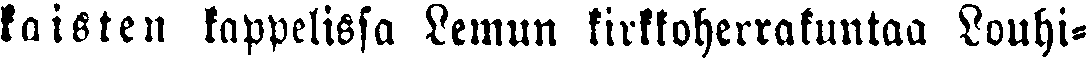
kaisten kappelissa Lemun kirkkoherrakuntaa Louhi-